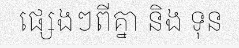
ផ្សេងៗពីគ្នា និង ទុន